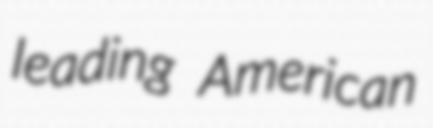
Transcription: leading American